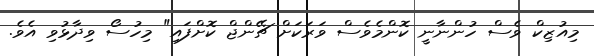
މިއުޒިކް ވެސް ހުންނާނީ ކޮންމެވެސް ވަރަކަށް ޗޭންޖް ކޮށްފައި" މިހުސޯ ވިދާޅުވި އެވެ.